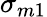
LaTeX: \sigma_{m1}